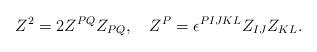
LaTeX: \begin{align*}Z^2=2Z^{PQ}Z_{PQ},\quad Z^P=\epsilon^{PIJKL}Z_{IJ}Z_{KL}.\end{align*}